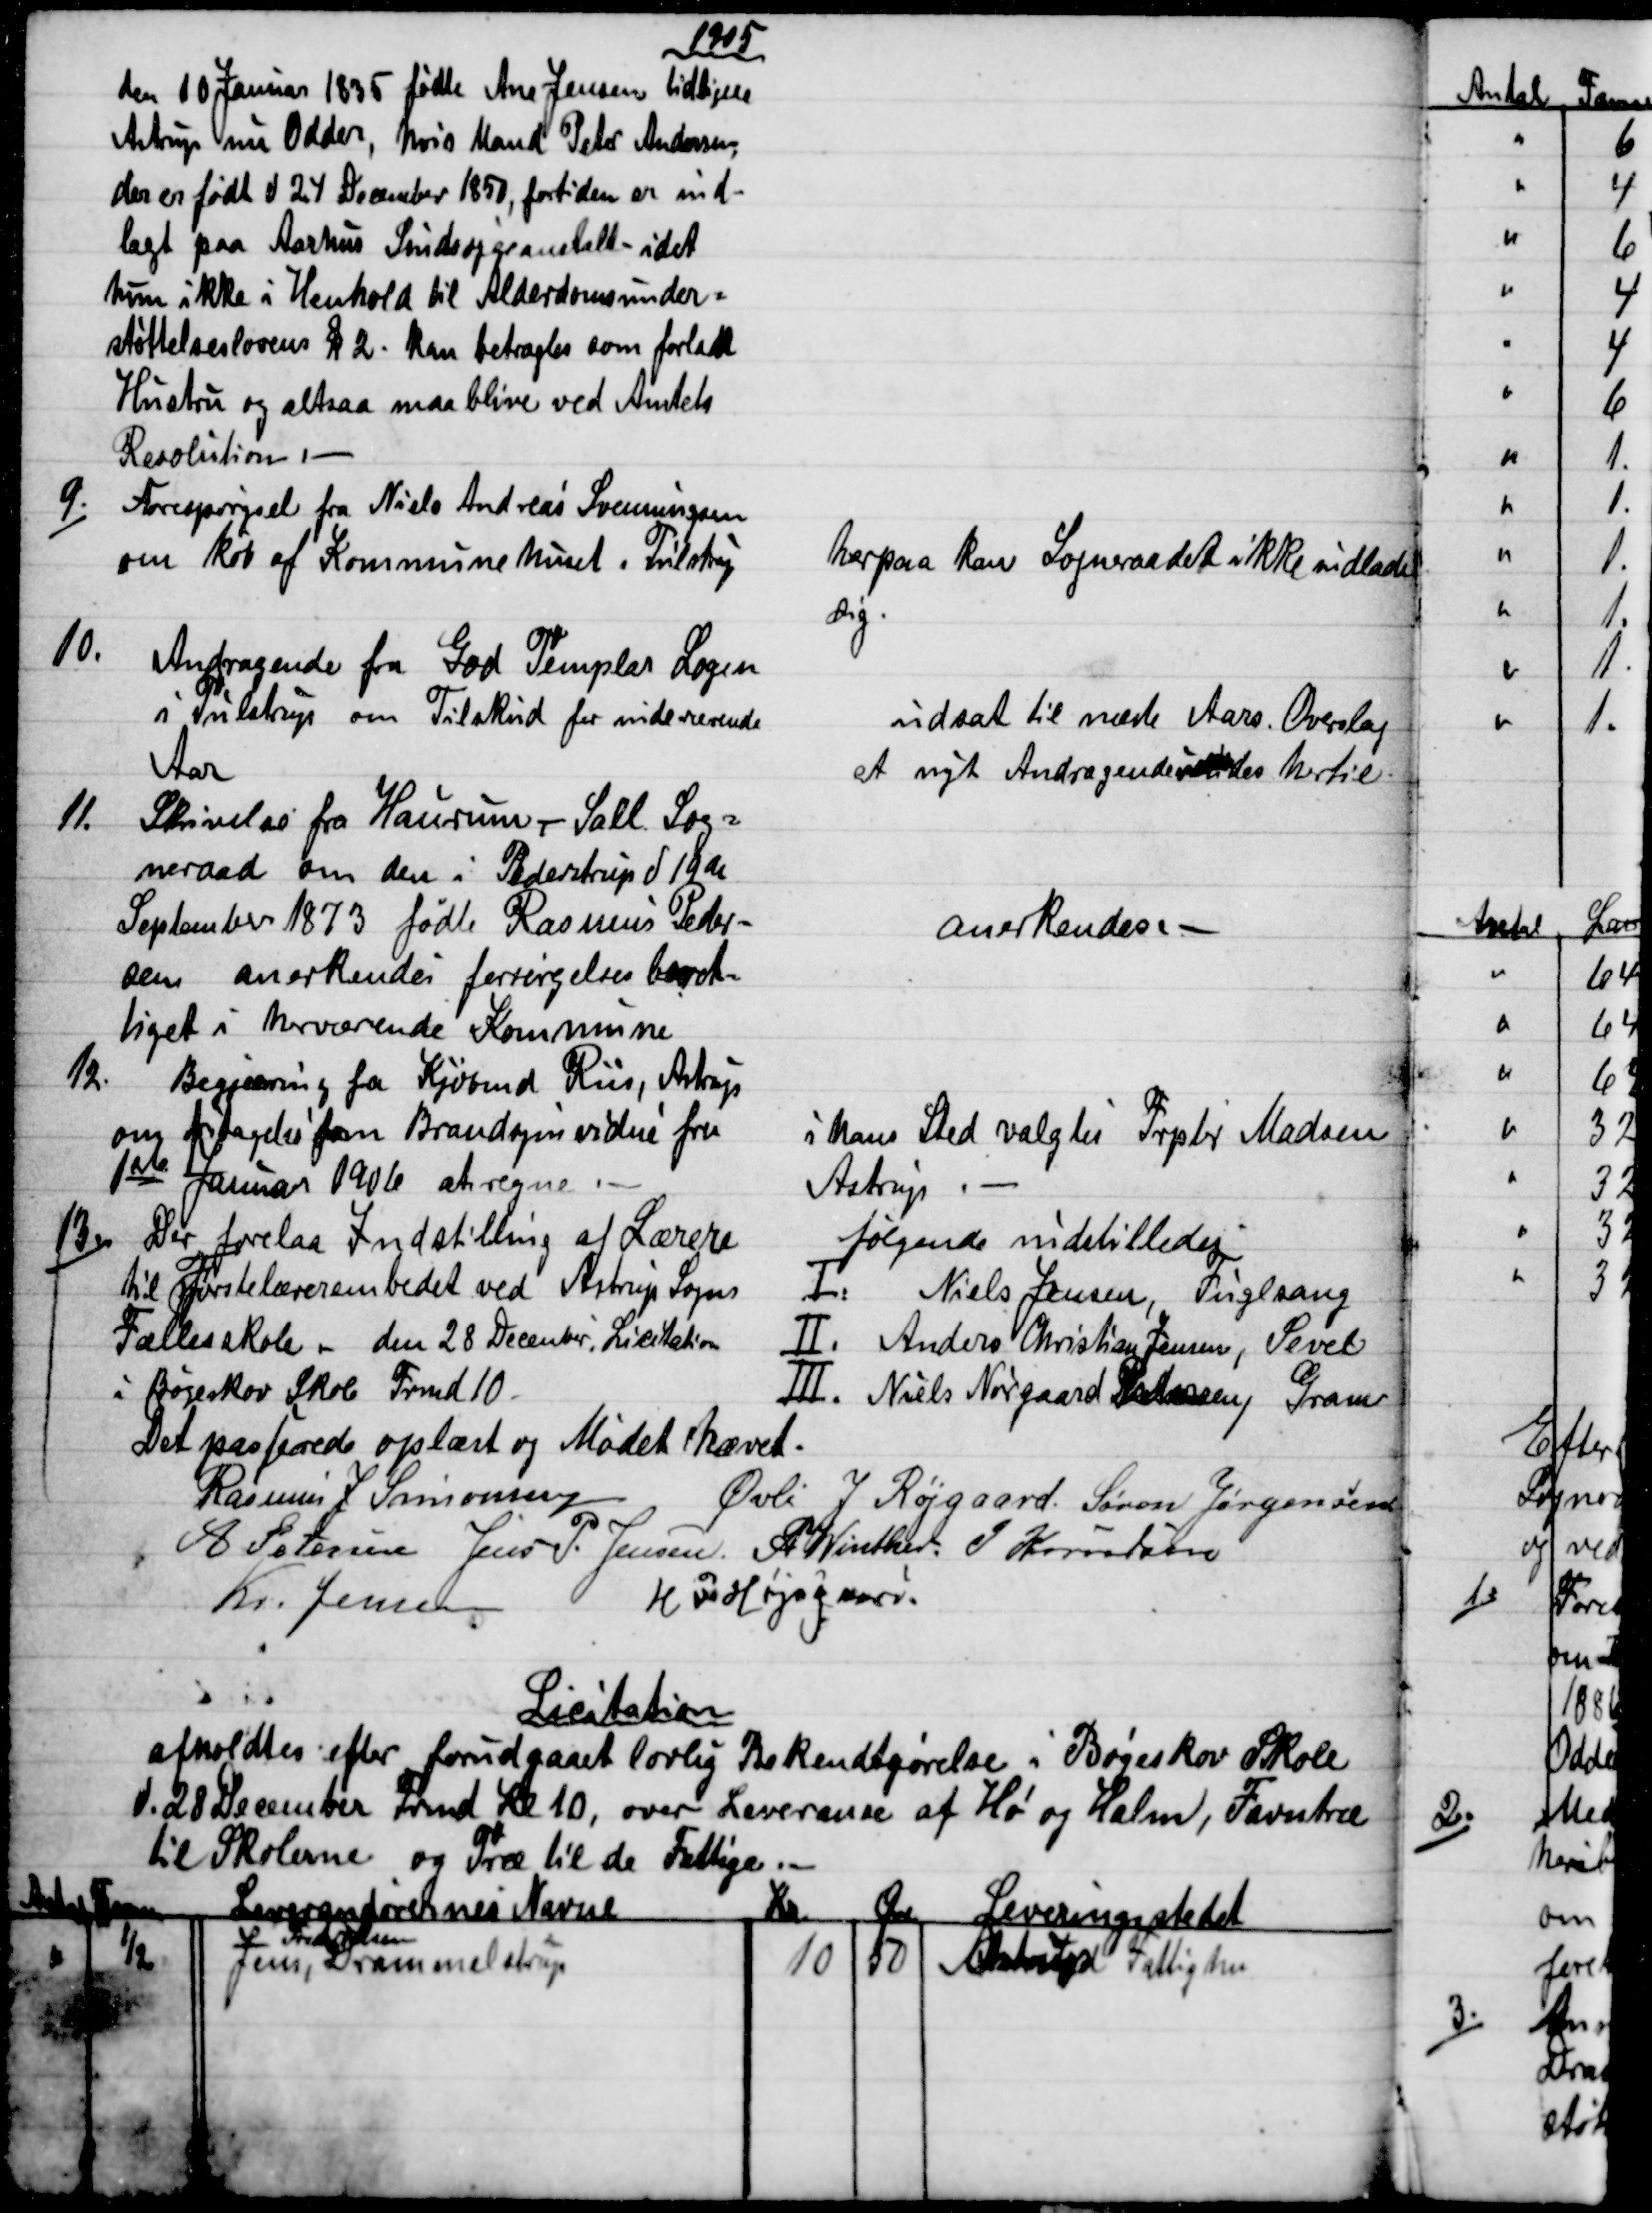
Transskription:
1905
den 10 Januar 1835 fødte Ane Jensen tidligere
Astrup nu Odder, hvis Mand Peter Andersen,
der er født d 24 December 1850, fortiden er ind-
lagt paa Aarhus Sindssygeanstalt - idet
hun ikke i Henhold til Alderdomsunder=
støttelseslovens § 2. kan betragtes som forladt
Hustru og altsaa maa blive ved Amtets
Resolution 
9.)
Forespørgsel fra Niels Andreas Svenningsen
om køb af Kommunehuset i Tulstrup
herpaa kan Sogneraadet ikke indlade
sig.
10.
Andragende fra God Templar Logen
i Tulstrup om Tilskud for indeværende
Aar
udsat til næste Aars. Overslag
et nyt Andragende  hertil
11.
Skrivelse fra Haurum - Sall Sog=
neraad om den i Pederstrup d 19de
September 1873 fødte Rasmus Peder=
sen anerkendes forsørgelsesberet-
tiget i herværende Kommune
anerkendes.
12.
Begjæring fra Kjøbmd Riis, Astrup
om fritagelse som Brandsynsvidne fra
1ste Januar 1906 at regne 
i hans Sted valgtes Frptr Madsen
Astrup
13.)
Der forelaa Indstilling af Lærere
til Førstelærerembedet ved Astrup Sogns
Fællesskole - den 28 December. Licitation
i Bøgeskov Skole Frmd 10.
følgende indstilledes
l. Niels Jensen, Fuglsang
II. Anders Christian Jensen, Sevel
III. Niels Nørgaard Pedersen, Gram
Det passerede oplæst og Mødet hævet.
Rasmus P. Simonsen
Øvli J Røjgaard. Søren Jørgensen
A. Petersen Jens P. Jensen. A. Winther. J Knudsen
Kr. Jensen
H. P. Højsgaard.
Licitation
afholdtes efter forudgaaet lovlig Bekendtgørelse i Bøgeskov Skole
d. 28 December Frmd Kl 10, over Leveranse af Hø og Halm, Favntræ
til Skolerne og Træ til de Fattige
Antal
Favne
Leverandørernes Navne
Kr
Øre 
Leveringsstedet
½
Jens 
Frandsen
Drammelstrup
10
50
Astrup Fattighus